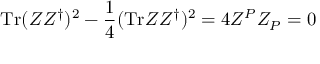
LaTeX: \mathrm { T r } ( Z Z ^ { \dagger } ) ^ { 2 } - { \frac { 1 } { 4 } } ( \mathrm { T r } Z Z ^ { \dagger } ) ^ { 2 } = 4 Z ^ { P } Z _ { P } = 0